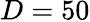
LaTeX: D=50